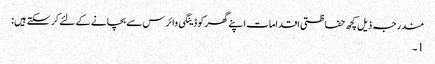
مندرجہ ذیل کچھ حفاظتی اقدامات اپنے گھر کو ڈینگی وائرس سے بچانے کے لئے کر سکتے ہیں:
1۔